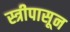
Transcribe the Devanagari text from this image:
स्त्रीपासून